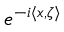
e ^ { - i \langle x , \zeta \rangle }